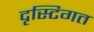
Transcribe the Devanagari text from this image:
दृस्टिगत